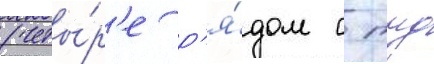
(четы́р'е р'я́дом с тнд